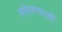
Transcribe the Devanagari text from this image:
संमेलनातही